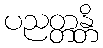
ပညတ္တန္တိ